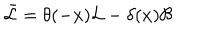
\bar { \mathcal { L } } = \theta ( - x ) \mathcal { L } - \delta ( x ) \mathcal { B }